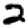
Digit: 2